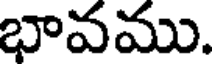
భావము.